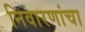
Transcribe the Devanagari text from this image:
निवारणांचा